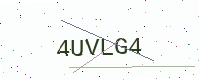
Text: 4UVLG4